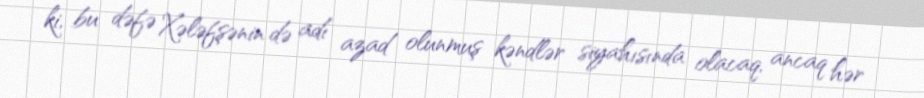
ki, bu dəfə Xələfşənin də adı azad olunmuş kəndlər siyahısında olacaq, ancaq hər